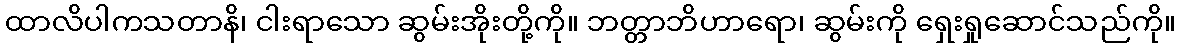
ထာလိပါကသတာနိ၊ ငါးရာသော ဆွမ်းအိုးတို့ကို။ ဘတ္တာဘိဟာရော၊ ဆွမ်းကို ရှေးရှုဆောင်သည်ကို။